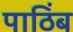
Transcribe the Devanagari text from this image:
पाठिंब